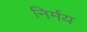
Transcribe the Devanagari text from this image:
निर्मय